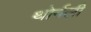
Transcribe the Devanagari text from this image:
थोर्नली